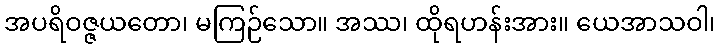
အပရိဝဇ္ဇယတော၊ မကြဉ်သော။ အဿ၊ ထိုရဟန်းအား။ ယေအာသဝါ၊